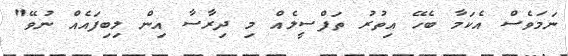
ނަމަވެސް އެކަމާ ބެހޭ އިތުރު ތަފްސީލެއް މި ދިރާސާ އިން ލިބިފައެއް ނުވޭ"